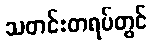
သတင်းတရပ်တွင်